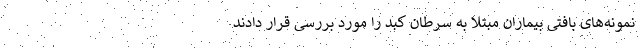
نمونه‌های بافتی بیماران مبتلا به سرطان کبد را مورد بررسی قرار دادند